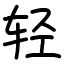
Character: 轻